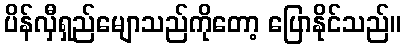
ပိန်လှီရှည်မျောသည်ကိုတော့ ပြောနိုင်သည်။